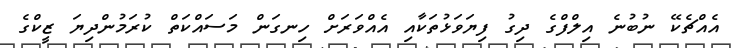
އެއްޗެކޭ ނުބުނެ އިލްފްގެ ދިގު ފިޔަވަޅުތަކާއި އެއްވަރަށް ހިނގަން މަސައްކަތް ކުރަމުންދިޔަ ޒީކްގެ